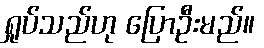
ရှုပ်သည်ဟု ပြောဦးမည်။